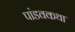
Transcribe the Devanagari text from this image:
पांडवकथा